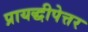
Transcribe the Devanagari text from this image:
प्रायद्धीपेत्तर